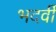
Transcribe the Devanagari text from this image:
भदर्वी